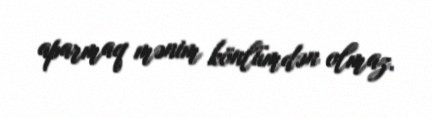
aparmaq mənim könlümdən olmaz.